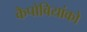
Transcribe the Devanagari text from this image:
कैपोबियांको